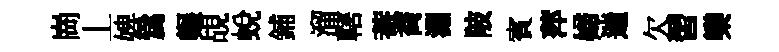
崗丄婢爲輾覘蜕鋪溜轄菴喬淵陂賓萍婦遄欠習欒